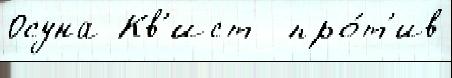
Осуна Кв'ист  про́т'ив